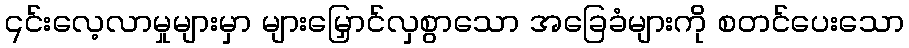
၎င်းလေ့လာမှုများမှာ များမြှောင်လှစွာသော အခြေခံများကို စတင်ပေးသော